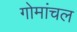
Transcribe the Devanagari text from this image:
गोमांचल